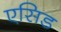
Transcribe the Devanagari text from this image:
एसिड